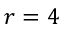
r = 4